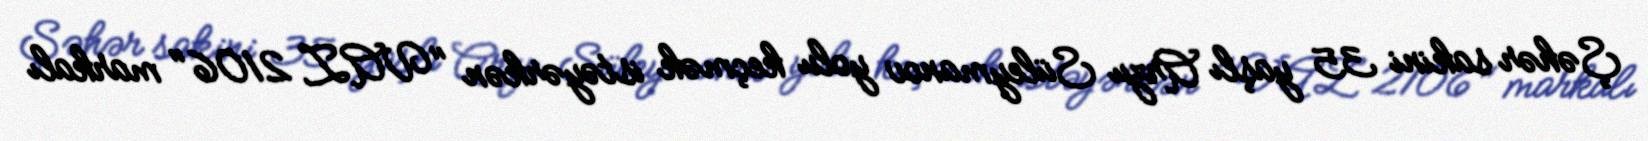
Şəhər sakini 35 yaşlı Arzu Süleymanov yolu keçmək istəyərkən "VAZ 2106" markalı